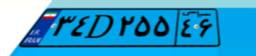
۳۴D۲۵۵۴۶